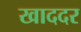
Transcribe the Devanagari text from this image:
खाददर